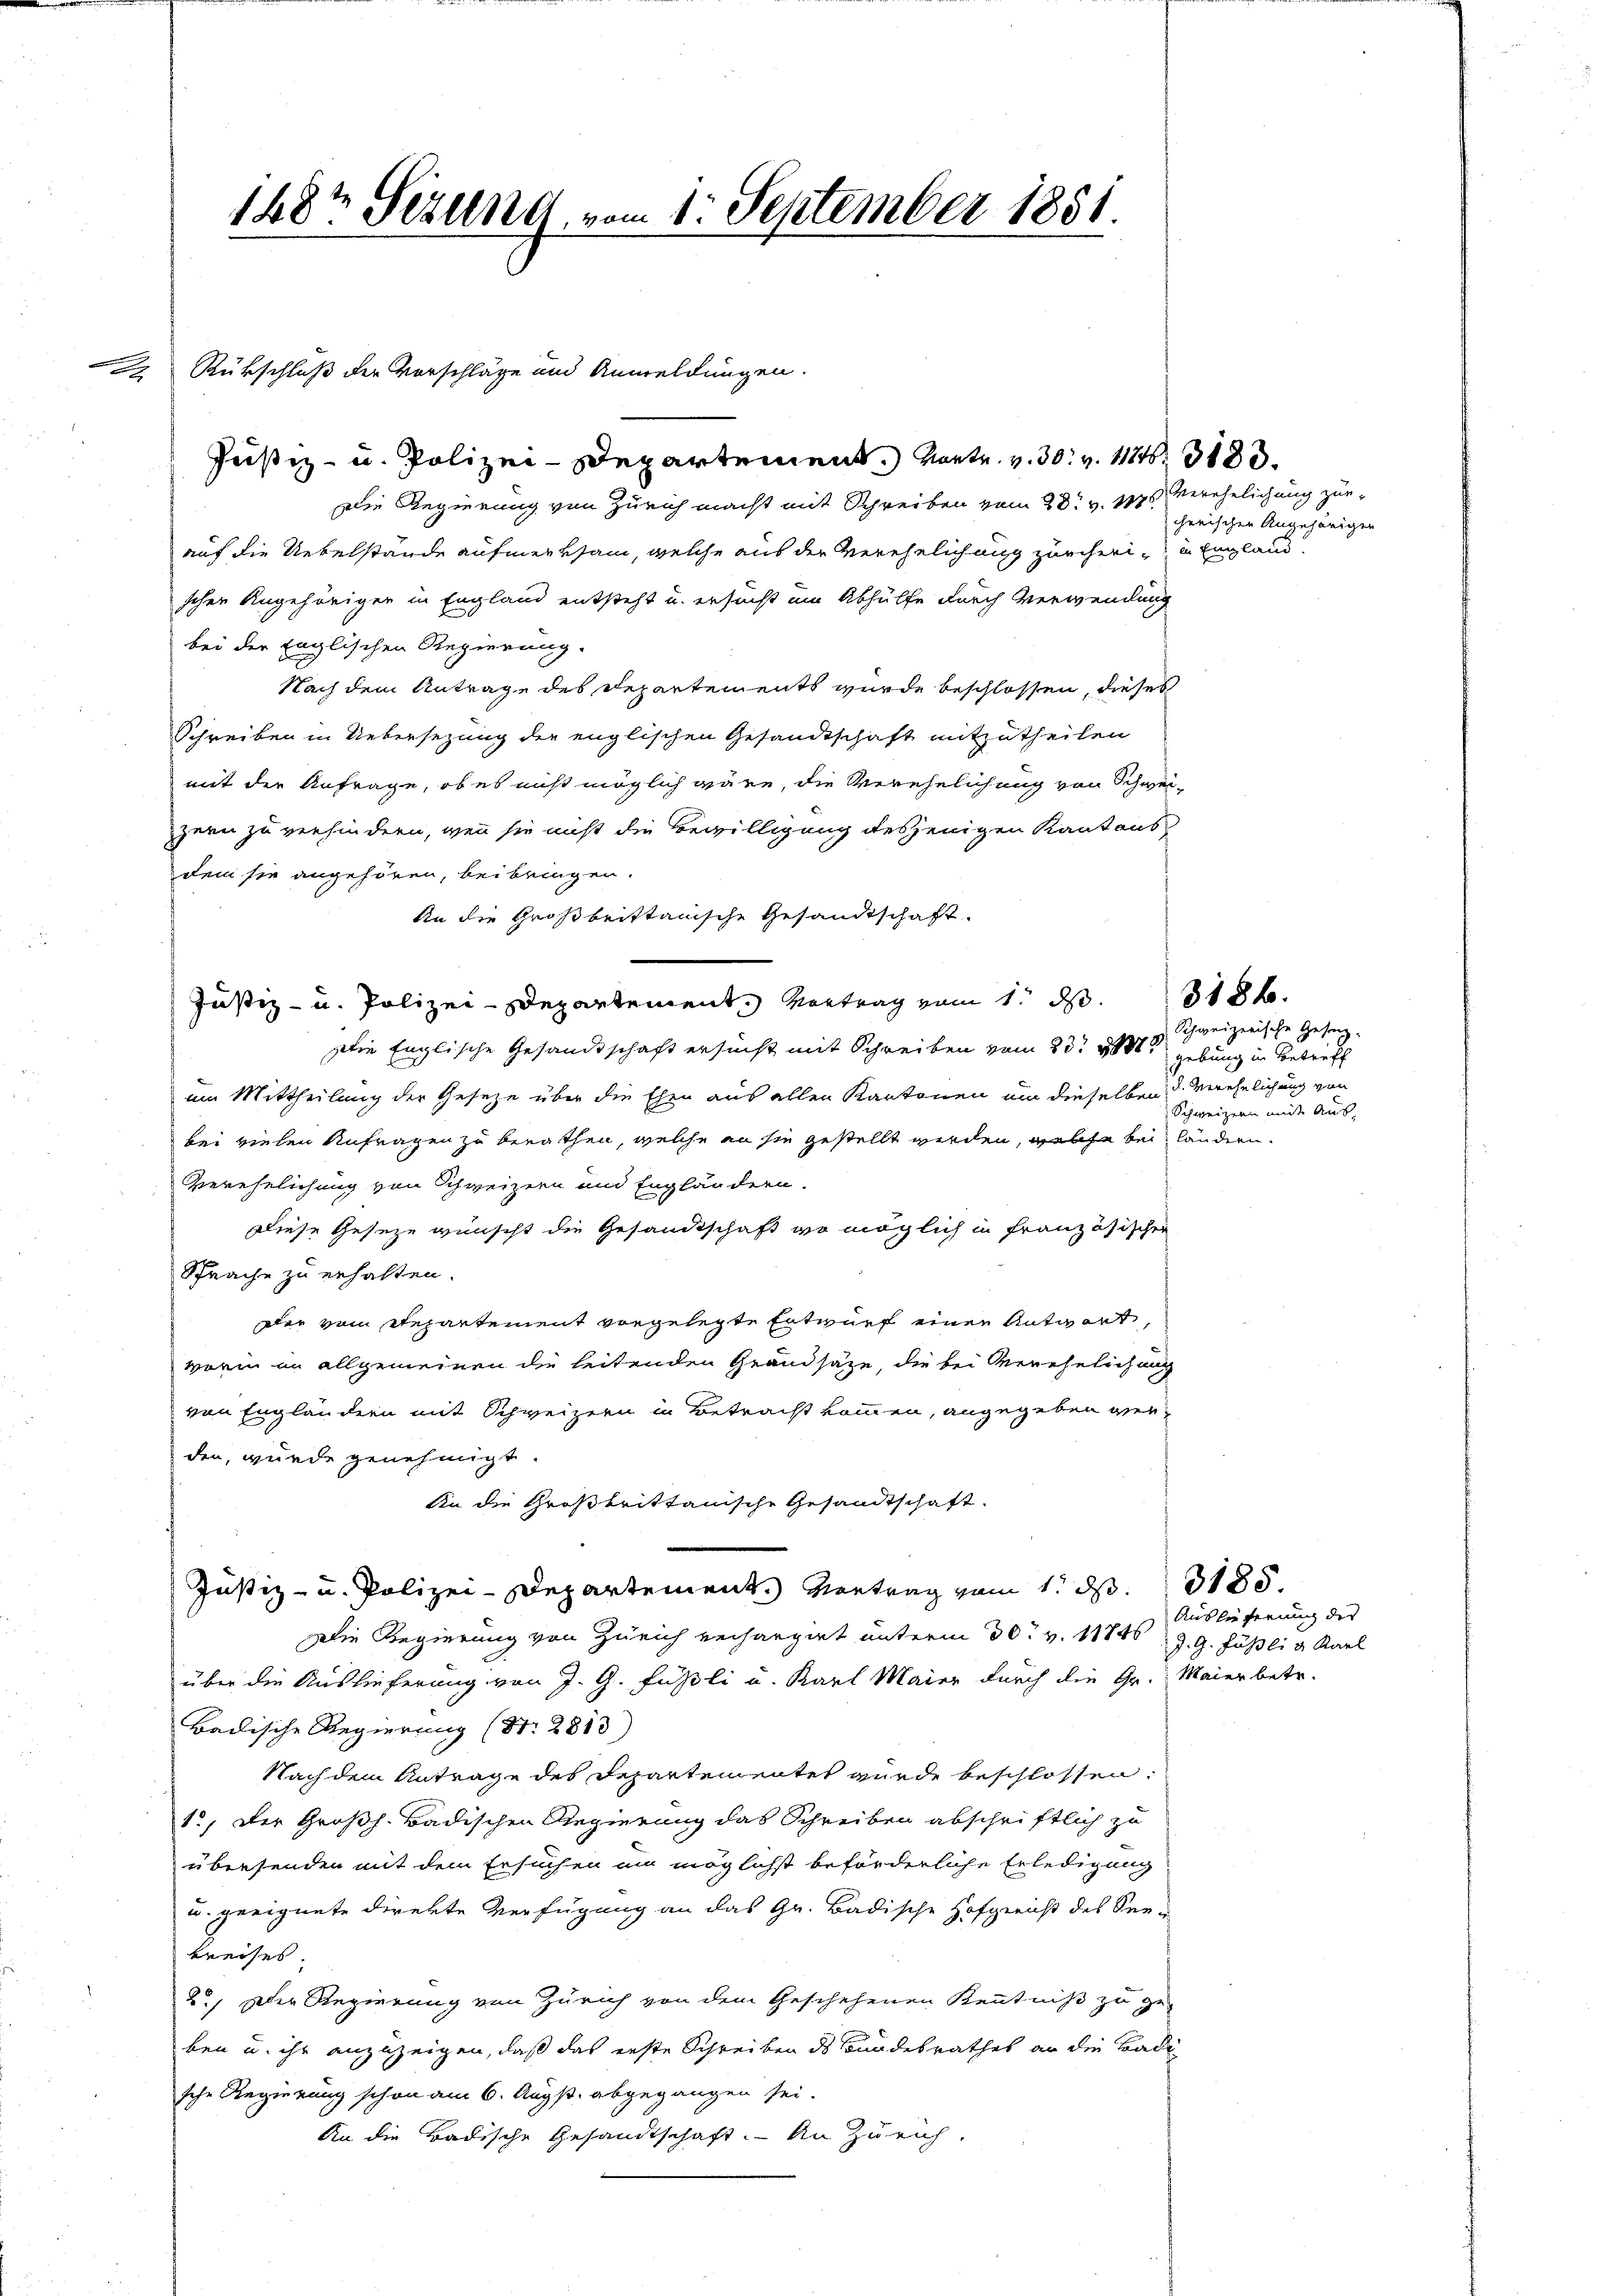
1887 Sezung vom 1. September 1881.

Rückschluß der Vorschläge und Anmeldungen.

Justiz- u. Polizei-Departement. Vortr. v. 30. v. 1184. 3183.
Die Regierung von Zürich macht mit Schreiben vom 28t v. 175. Verehelichung zueauf die Uebelstände aufmerksam, welche aus der Verehelichung zürcheri- in Englandschen Angehöriger in England entsteht u. ersucht um Abhülfe durch Verwendung
bei der Englischen Regierung.
Nach dem Antrage des Departements wurde beschlossen, dieses
Schreiben in Uebersezung der englischen Gesandtschaft mitzutheilen
mit der Anfrage, ob es nicht möglich wäre, die Verehelichung von Schwei-
zern zu verhindern, wenn sie nicht die Bewilligung desjenigen Kantons
dem sie angehören, beibringen.
An die Großbrittanische Gesandtschaft
Justiz- u. Polizei-Departement, Vortrag vom 1. d.
Die Englische Gesandtschaft ersucht mit Schreiben vom 23t 1881 gebung in Betreff
am Mittheilung der Gesetze über die Ehen aus allen Kantonen um dieselben verehelichung von
bei vielen Anfragen zu berathen, welche an sie gestellt werden, welche bei ländern.
Verehelichung von Schweizern und Engländern.
Diese Geseze wünscht die Gesandtschaft wo möglich in französischer
Sprache zu erhalten.
Der vom Repartement vorgelegte Entwurf einen Antwort,
worin in allgemeinen die leitenden Grandsaze, die bei Verehelichung
von Engländern mit Schweizern in Betracht kommen, angegeben verden, wurde genehmigt.
An die Großbrittanische Gesandtschaft.
Justiz- u. Polizei-Departement. Vortrag vom 1. d. 3185.
Die Regierung von Zürich verhangirt unterm 30. v. 1174
über die Auslieferung von J. G. Füßli u. Karl Maier durch die Gr. Maier betr.
Badische Regierung (S. 2813)
Nach dem Antrage des Departementet wurde beschlossen.
1., Der Großh. Badischen Regierung das Schreiben abschriftlich zu
ubersenden mit dem Ersuchen um möglichst beförderliche Erledigung
u. geeignete direkte Verfügung an das Gr. Badische Hofgericht des See-
kreises
2.) Der Regierung von Zürich von dem Geschehenen Kenntniß zu ge-
ben u. ihr anzuzeigen, daß das erste Schreiben des Bundesrathes an die Badische Regierung schon am 6. Augst abgegangen sei.
An die Badische Gesandtschaft. - An Zürich,

cherischen Angehörigen

318.

Schweizerische Gesing.
Schweizern mit Aus

Auslieferung des
J. G. Füßli u. Karl